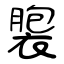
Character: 褜